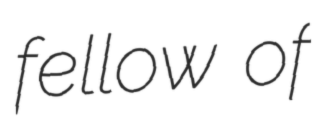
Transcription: fellow of